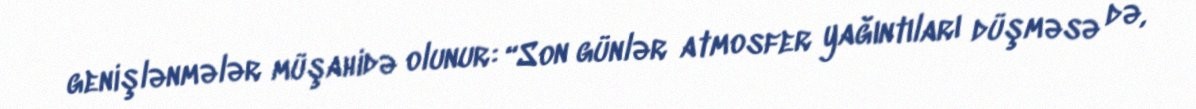
genişlənmələr müşahidə olunur: “Son günlər atmosfer yağıntıları düşməsə də,